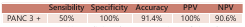
|  | Sensibility | Specificity | Accuracy | PPV | NPV |
 | --- | --- | --- | --- | --- | --- |
 | PANC 3 + | 50% | 100% | 91.4% | 100% | 90.6% |